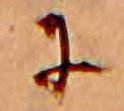
に